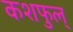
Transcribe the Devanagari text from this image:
कशफुल्